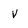
Character: V